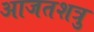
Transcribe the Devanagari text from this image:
आजतशत्रु